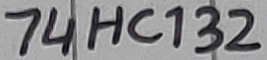
Text: 74HC132